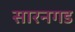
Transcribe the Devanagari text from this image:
सारनगड